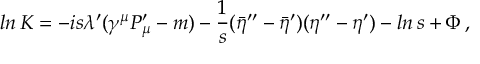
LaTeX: l n \, K = - i s \lambda ^ { \prime } ( \gamma ^ { \mu } P _ { \mu } ^ { \prime } - m ) - { \frac { 1 } { s } } ( { \bar { \eta } } ^ { \prime \prime } - { \bar { \eta } } ^ { \prime } ) ( \eta ^ { \prime \prime } - \eta ^ { \prime } ) - l n \, s + \Phi \, ,